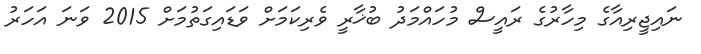
ނައިޖީރިއާގެ މިހާރުގެ ރައީސް މުހައްމަދު ބުޚާރީ ވެރިކަމަށް ވަޑައިގަތުމަށް 2015 ވަނަ އަހަރު